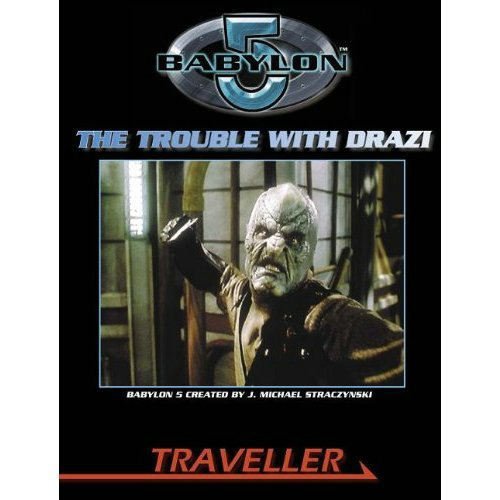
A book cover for The Trouble with Drazi (Traveller); Bryan Steele; Science Fiction & Fantasy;